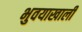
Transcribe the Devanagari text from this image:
भुवयाखाली